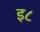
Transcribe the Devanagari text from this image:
इ८